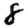
Digit: 8